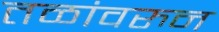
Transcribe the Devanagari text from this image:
तळांवरुन